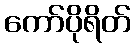
ကော်ပိုရိတ်